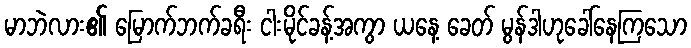
မာဘဲလား၏ မြောက်ဘက်ခရီး ငါးမိုင်ခန့်အကွာ ယနေ့ ခေတ် မွန်ဒါဟုခေါ်နေကြသော